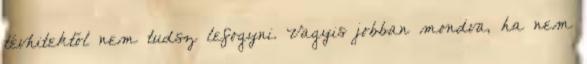
tévhitektől nem tudsz lefogyni. Vagyis jobban mondva, ha nem